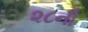
૨૮ની